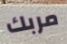
مربك